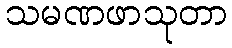
သမဏဖာသုတာ